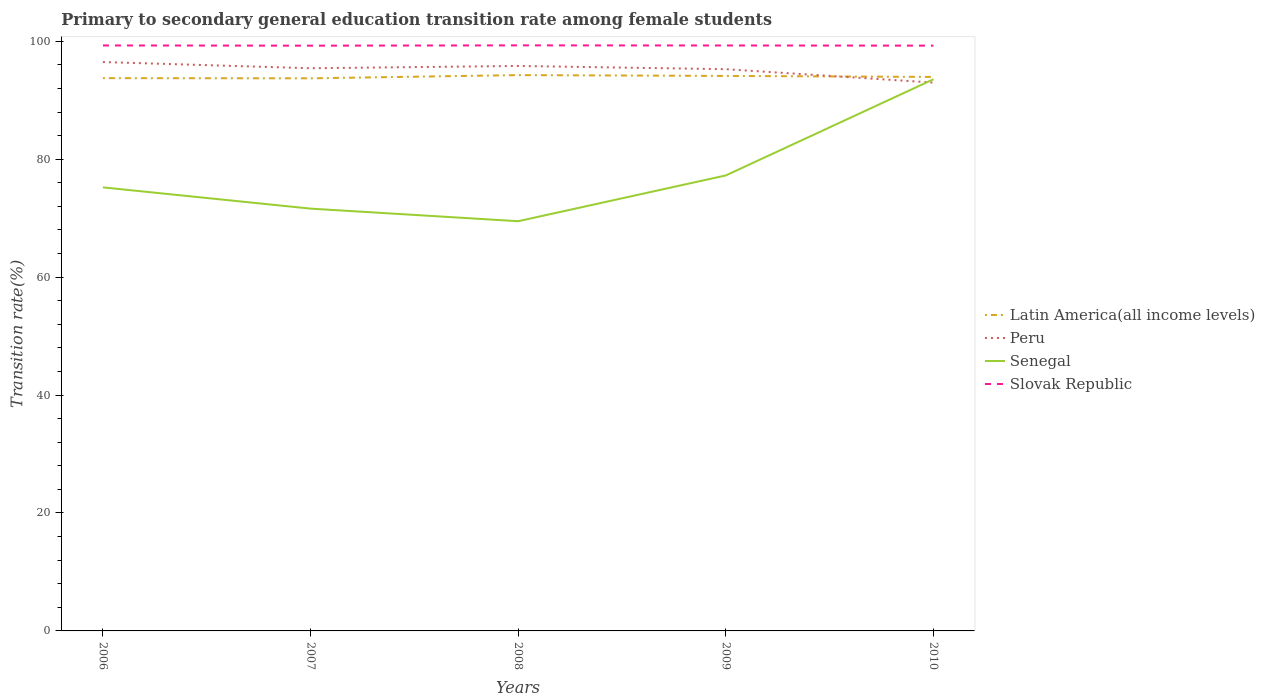
| Years | Latin America(all income levels) | Peru | Senegal | Slovak Republic |
 | --- | --- | --- | --- | --- |
 | 2006 | 93.7 | 96.5 | 75.2 | 99.3 |
 | 2007 | 93.7 | 95.4 | 71.6 | 99.2 |
 | 2008 | 94.3 | 95.8 | 69.5 | 99.3 |
 | 2009 | 94.1 | 95.3 | 77.2 | 99.3 |
 | 2010 | 93.9 | 93 | 93.5 | 99.3 |